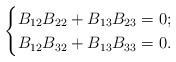
LaTeX: \begin{align*}\begin{cases}B_{12}B_{22}+B_{13}B_{23}=0;\\B_{12}B_{32}+B_{13}B_{33}=0.\end{cases}\end{align*}